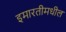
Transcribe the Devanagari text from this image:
इमारतीमधील